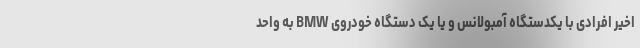
اخیر افرادی با یکدستگاه آمبولانس و یا یک دستگاه خودروی BMW به واحد